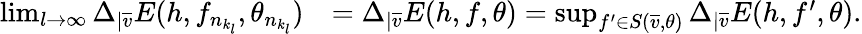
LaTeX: \begin{array}{rl}{\operatorname*{lim}_{l\rightarrow\infty}\Delta_{|\overline{v}}E(h,f_{n_{k_{l}}},\theta_{n_{k_{l}}})}&{=\Delta_{|\overline{v}}E(h,f,\theta)=\operatorname*{sup}_{f^{\prime}\in S(\overline{v},\theta)}\Delta_{|\overline{v}}E(h,f^{\prime},\theta).}\end{array}